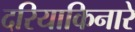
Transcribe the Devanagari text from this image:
दरियाकिनारे